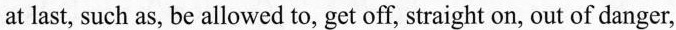
at last, such as, be allowed to, get off, straight on, out of danger,